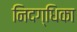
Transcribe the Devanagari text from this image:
निदग्धिका